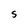
Character: S